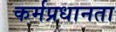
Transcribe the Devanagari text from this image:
कर्मप्रधानता